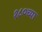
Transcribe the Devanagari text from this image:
१८०च्या